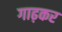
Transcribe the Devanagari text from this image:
गाढ़कर